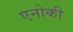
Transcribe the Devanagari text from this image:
एनोकी